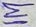
Text: 1M